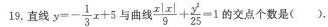
19. 直线 y=-\frac{1}{3}x+5与曲线\frac{x|x|}{9}+\frac{y}{25}=1的交点个数是（ ）.